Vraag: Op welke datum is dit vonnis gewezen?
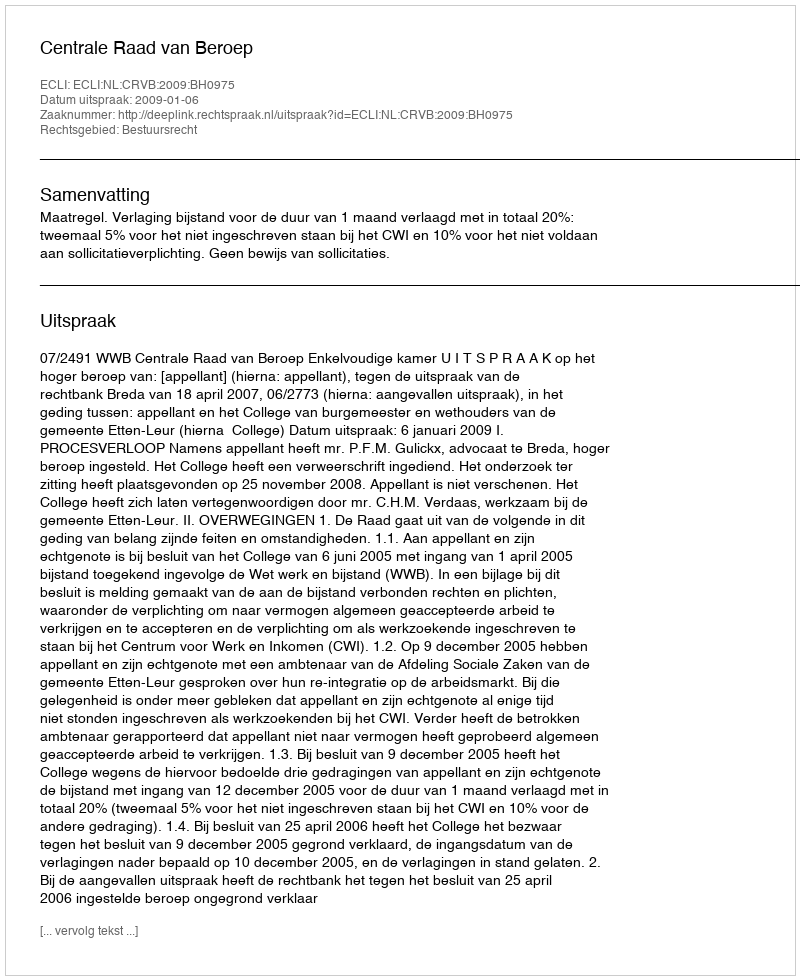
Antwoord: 2009-01-06